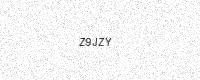
Text: Z9JZY